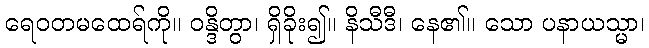
ရေဝတမထေရ်ကို။ ဝန္ဒိတွာ၊ ရှိခိုး၍။ နိသီဒီ၊ နေ၏။ သော ပနာယသ္မာ၊